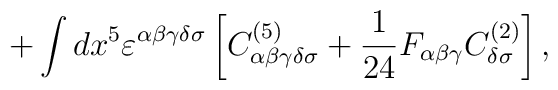
+\int dx^5\varepsilon^{\alpha\beta\gamma\delta\sigma}\left[C^{(5)}_{\alpha\beta\gamma\delta\sigma}+{1\over 24}F_{\alpha\beta\gamma}C^{(2)}_{\delta\sigma}\right],